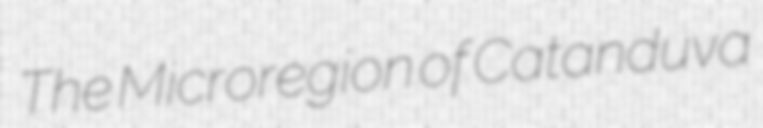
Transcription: The Microregion of Catanduva